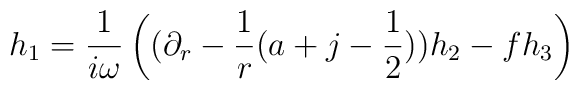
h_1 = {1\over i\omega} \left((\partial_r -{1\over r} (a+j-{1\over 2}))  h_2 -f h_3 \right)